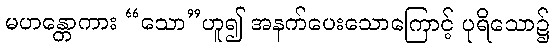
မဟန္တောကား “သော”ဟူ၍ အနက်ပေးသောကြောင့် ပုရိသော၌